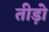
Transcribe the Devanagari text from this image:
तीड़ो